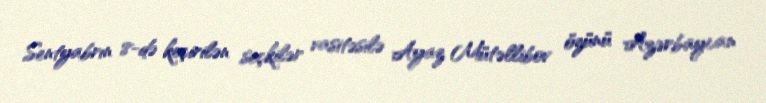
Sentyabrın 8-də keçirilən seçkilər vasitəsilə Ayaz Mütəllibov özünü Azərbaycan